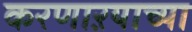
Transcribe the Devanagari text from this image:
करणाऱयाच्या